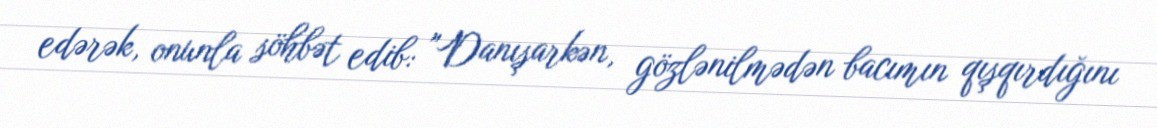
edərək, onunla söhbət edib: "Danışarkən, gözlənilmədən bacımın qışqırdığını